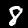
Digit: 8